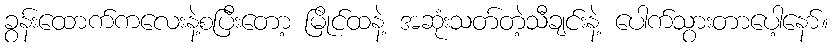
ခွန်းထောက်ကလေးနဲ့စပြီးတော့ မြိုင်ထနဲ့ အဆုံးသတ်တဲ့သီချင်းနဲ့ ပေါက်သွားတာပေါ့နော်။